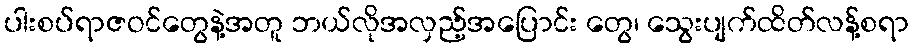
ပါးစပ်ရာဇဝင်တွေနဲ့အတူ ဘယ်လိုအလှည့်အပြောင်း တွေ၊ သွေးပျက်ထိတ်လန့်စရာ